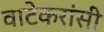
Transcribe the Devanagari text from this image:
वाटेकरांसी